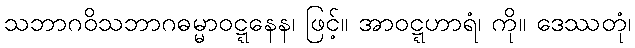
သဘာဂဝိသဘာဂဓမ္မာဝဋ္ဋနေန၊ ဖြင့်။ အာဝဋ္ဋဟာရံ၊ ကို။ ဒေဿတုံ၊